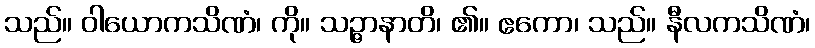
သည်။ ဝါယောကသိဏံ၊ ကို။ သဉ္ဇာနာတိ၊ ၏။ ဧကော၊ သည်။ နီလကသိဏံ၊